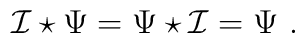
\mathcal{I}\star \Psi=\Psi \star \mathcal{I}=    \Psi \ .